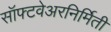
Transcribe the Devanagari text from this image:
सॉफ्टवेअरनिर्मिती